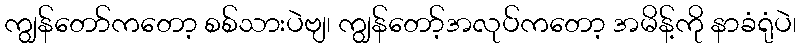
ကျွန်တော်ကတော့ စစ်သားပဲဗျ၊ ကျွန်တော့်အလုပ်ကတော့ အမိန့်ကို နာခံရုံပဲ၊